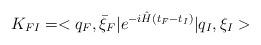
LaTeX: \begin{align*}K_{FI}=<q_F,\bar \xi_F\vert e^{-i\hat H(t_F-t_I)}\vert q_I,\xi_I>\end{align*}